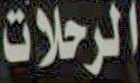
الرحلات